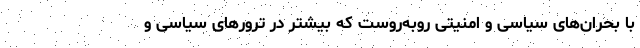
با بحران‌های سیاسی و امنیتی روبه‌روست که بیشتر در ترورهای سیاسی و